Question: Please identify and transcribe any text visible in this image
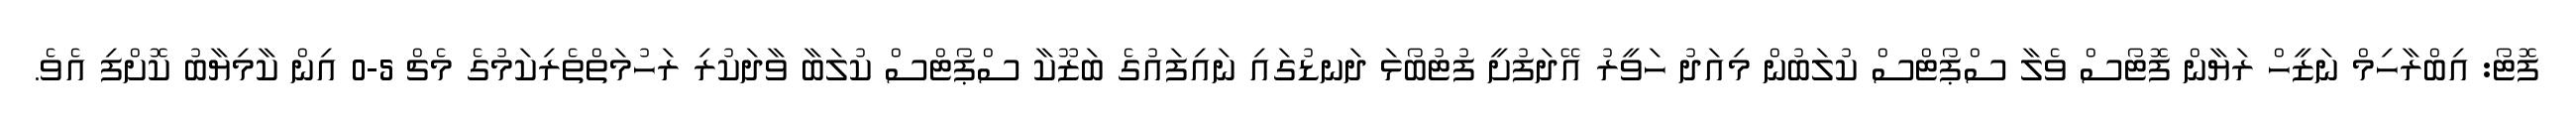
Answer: ފޮޓޯ: އިބްރާހިމް ނަޒީހް ރަޔާން ފޮޓޯސް ވެލާ ސްޕޯޓްސް ކުލަބުން މިއަދު ހަވީރު އޭދަފުށީ ފުޓުބޯޅަ ދަނޑުގައި ނައިފައުގެ ބަޒޫކާ ސްޕޯޓްސް ކުލަބާ ވާދަކުރި ރަހުމަތްތެރިކަމުގެ މެޗް 5-0 އިން ކާމިޔާބު ކޮށްފި އެވެ.